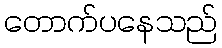
တောက်ပနေသည်